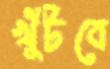
খুঁটবে